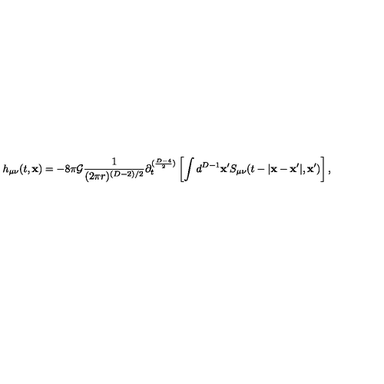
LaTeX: h _ { \mu \nu } ( t , { \bf x } ) = - 8 \pi { \cal G } \frac { 1 } { ( 2 \pi r ) ^ { ( D - 2 ) / 2 } } \partial _ { t } ^ { ( \frac { D - 4 } { 2 } ) } \left[ \int d ^ { D - 1 } { \bf x ^ { \prime } } S _ { \mu \nu } ( t - | { \bf x - x ^ { \prime } } | , { \bf x ^ { \prime } } ) \right] ,